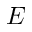
E